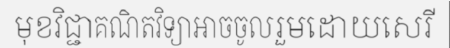
មុខវិជ្ជាគណិតវិទ្យាអាចចូលរួមដោយសេរី